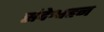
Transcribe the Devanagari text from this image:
संदेश्वहन